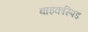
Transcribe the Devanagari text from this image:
बाइकस्पिड